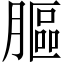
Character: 膒